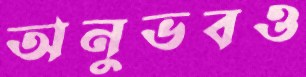
অনুভবও